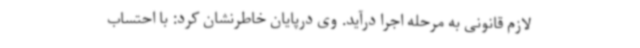
لازم قانونی به مرحله اجرا درآید. وی درپایان خاطرنشان کرد: با احتساب